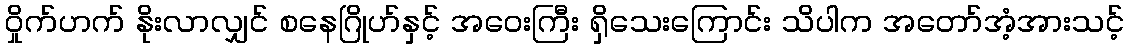
ဝှိုက်ဟက် နိုးလာလျှင် စနေဂြိုဟ်နှင့် အဝေးကြီး ရှိသေးကြောင်း သိပါက အတော်အံ့အားသင့်